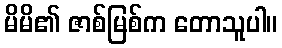
မိမိ၏ ဇာစ်မြစ်က တောသူပါ။